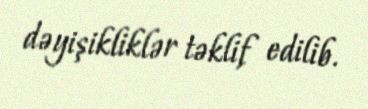
dəyişikliklər təklif edilib.